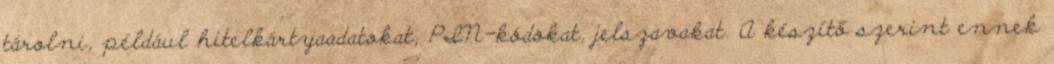
tárolni, például hitelkártyaadatokat, PIN-kódokat, jelszavakat. A készítő szerint ennek